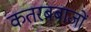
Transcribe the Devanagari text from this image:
कतरबबाजों